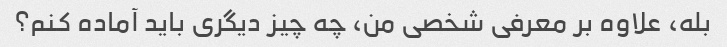
بله، علاوه بر معرفی شخصی من، چه چیز دیگری باید آماده کنم؟